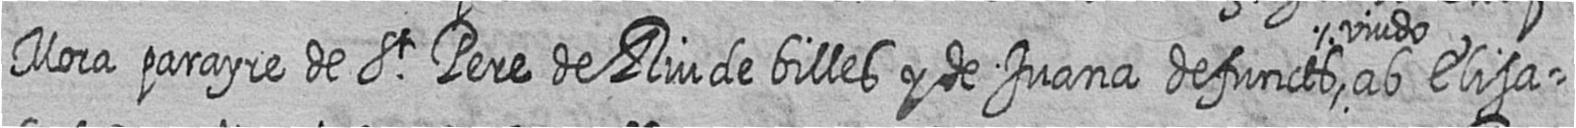
Mora parayre de St Pere de Riu de billes y de Juana defuncts viudo ab Elisa=